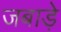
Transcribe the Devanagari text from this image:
जबाड़े